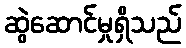
ဆွဲဆောင်မှုရှိသည်